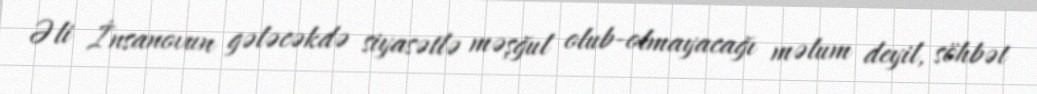
Əli İnsanovun gələcəkdə siyasətlə məşğul olub-olmayacağı məlum deyil, söhbət